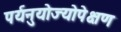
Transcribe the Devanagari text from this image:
पर्यनुयोज्योपेक्षण